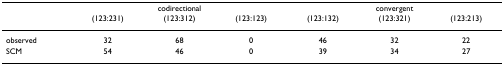
|  | <COLSPAN=3> codirectional | <COLSPAN=3> convergent |
 |  | (123:231) | (123:312) | (123:123) | (123:132) | (123:321) | (123:213) |
 | --- | --- | --- | --- | --- | --- | --- |
 | observed | 32 | 68 | 0 | 46 | 32 | 22 |
 | SCM | 54 | 46 | 0 | 39 | 34 | 27 |